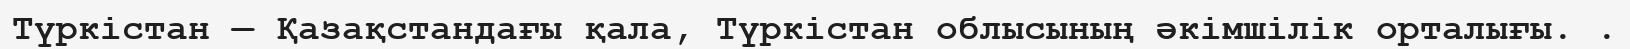
Түркістан — Қазақстандағы қала, Түркістан облысының әкімшілік орталығы. .